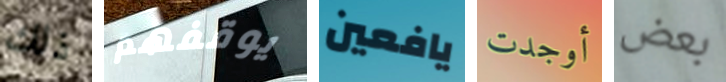
ذلك يوقفهم يافعين أوجدت بعض